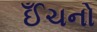
ઈઁચનો